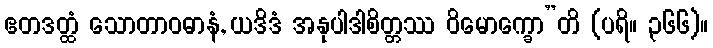
ဧတဒတ္ထံ သောတာဝဓာနံ, ယဒိဒံ အနုပါဒါစိတ္တဿ ဝိမောက္ခော”တိ (ပရိ။ ၃၆၆)။